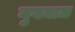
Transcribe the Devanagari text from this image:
गुगमाळ